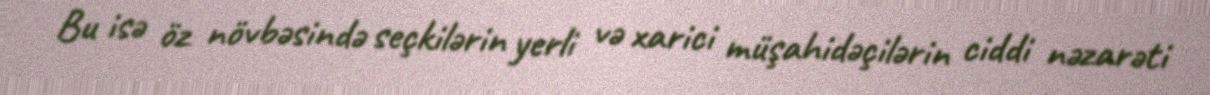
Bu isə öz növbəsində seçkilərin yerli və xarici müşahidəçilərin ciddi nəzarəti